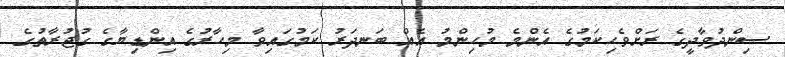
ސިންދުވާދީގެ ރަށްވެހިކަމުގެ އެންމެ މުހިންމު އެއް ބަނދަރު ކަމުގައިވާ މިހާރުގެ އިންޑިޔާގެ ގުޖުރާތުގެ